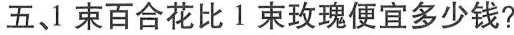
五、1束百合花比1束玫瑰便宜多少钱?